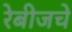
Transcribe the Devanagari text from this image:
रेबीजचे